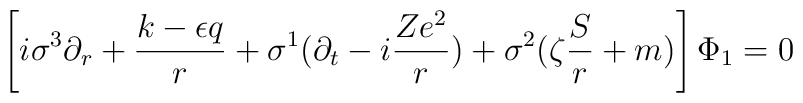
\left[ i\sigma ^3\partial _r+\frac{k-\epsilon q}r+\sigma^1(\partial _t-i\frac{Ze^2}r)+\sigma ^2(\zeta \frac Sr+m)\right] \Phi_1=0